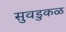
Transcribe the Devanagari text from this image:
सुवडुकळ